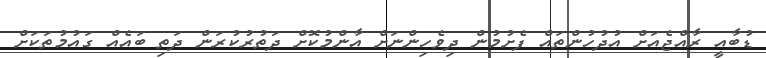
ޑުބާއީ ރާއްޖެއަށް އުދުހުންތައް ފެށުމުން ދިވެހިންނަށް އާންމުކޮށް ދަތުރުކުރަން ދަތި ބައެއް ގައުމުތަކަށް